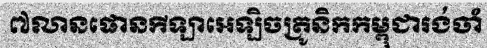
៧លានផោនកីឡាអេឡិចត្រូនិកកម្ពុជារង់ចាំ